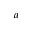
a